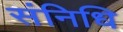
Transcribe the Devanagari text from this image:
संनिधि